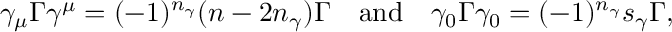
\gamma _ { \mu } \Gamma \gamma ^ { \mu } = ( - 1 ) ^ { n _ { \gamma } } ( n - 2 n _ { \gamma } ) \Gamma \quad \mathrm { a n d } \quad \gamma _ { 0 } \Gamma \gamma _ { 0 } = ( - 1 ) ^ { n _ { \gamma } } s _ { \gamma } \Gamma ,